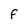
Character: F